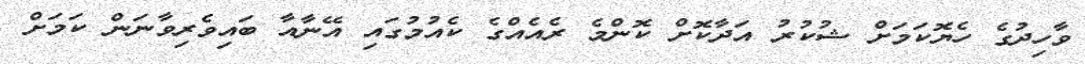
ވާހިދުގެ ހެޔޮކަމަށް ޝުކުރު އަދާކޮށް ކޮންމެ ރެއެއްގެ ކެއުމުގައި އޭނާއާ ބައިވެރިވާނަން ކަމަށް